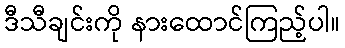
ဒီသီချင်းကို နားထောင်ကြည့်ပါ။